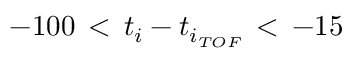
- 1 0 0 \, < \, t _ { i } - t _ { i _ { T O F } } \, < \, - 1 5